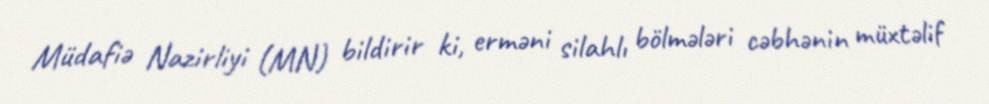
Müdafiə Nazirliyi (MN) bildirir ki, erməni silahlı bölmələri cəbhənin müxtəlif